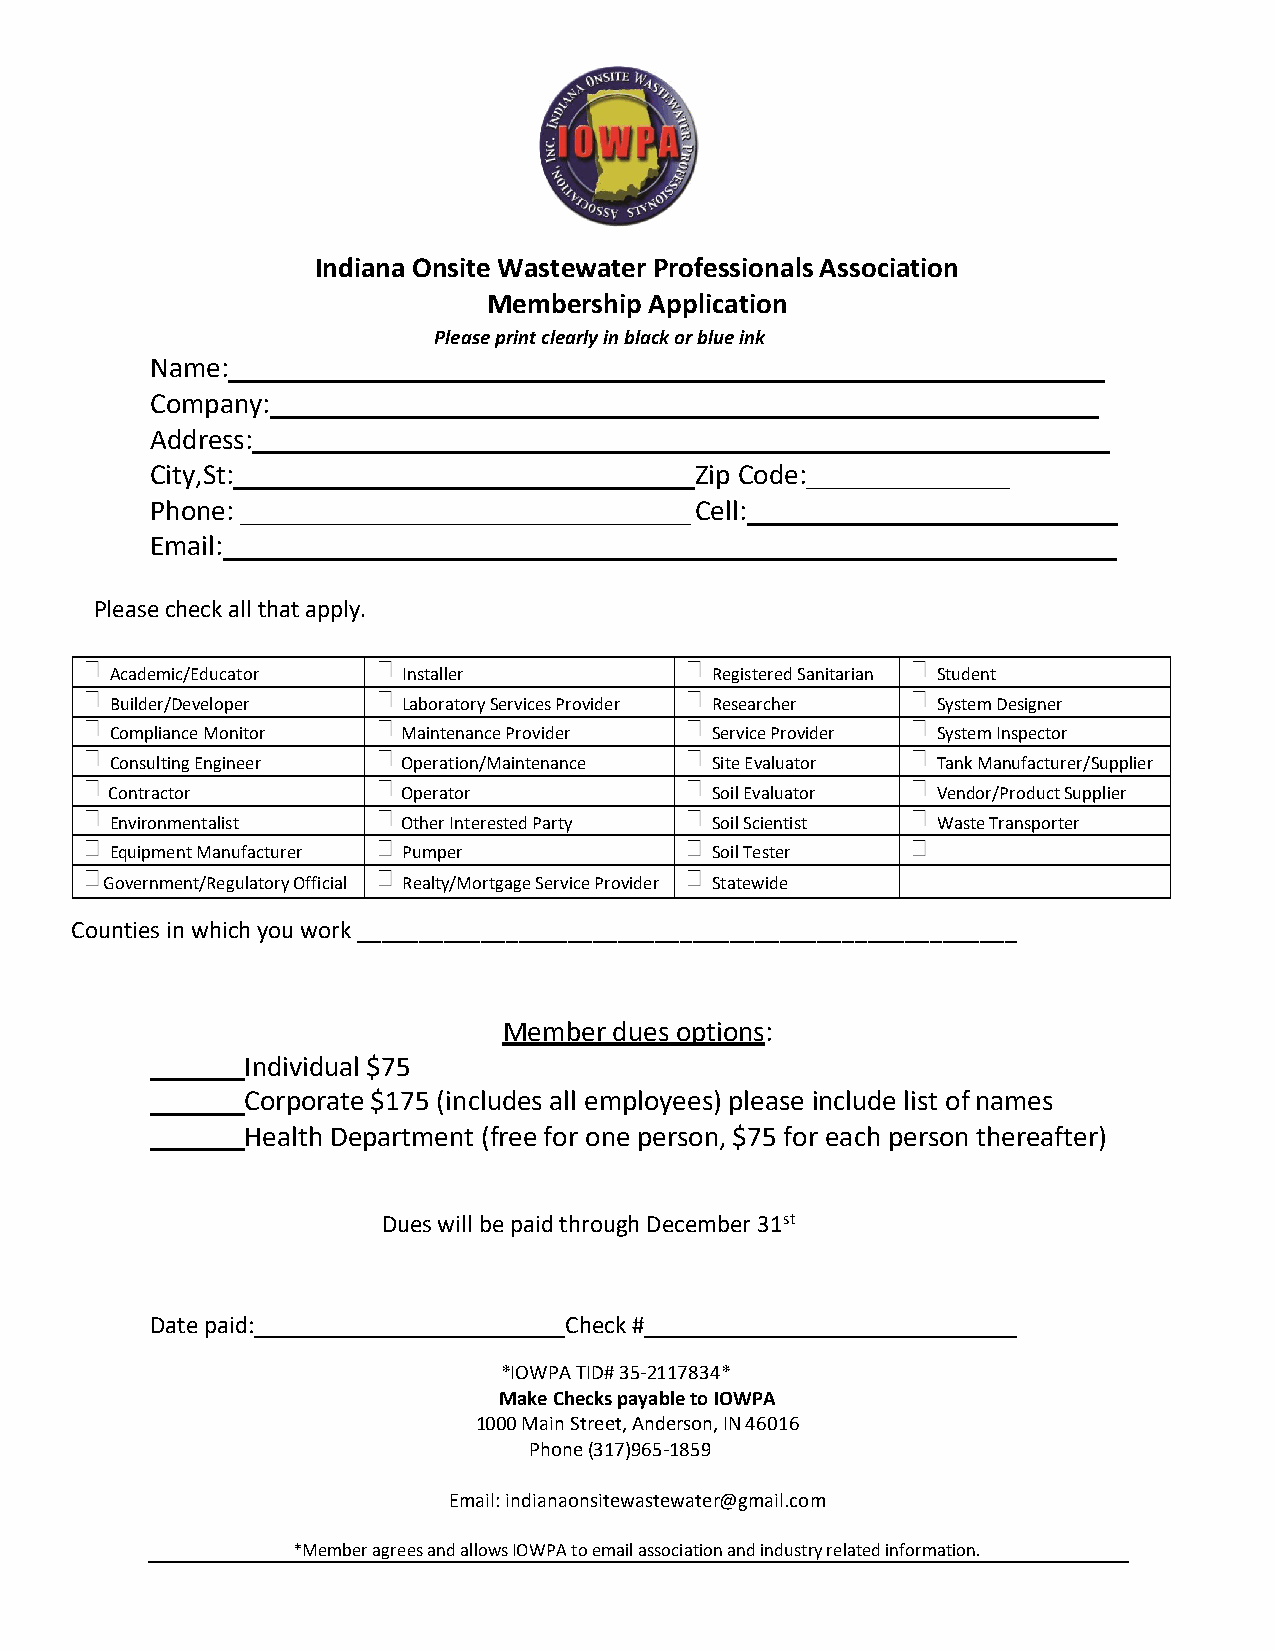
Indiana Onsite Wastewater Professionals Association
 Membership Application
 Please print clearly in black or blue ink
 Name:
 Company:
 Address:
 City,St:                            Zip Code:______________
 Phone: _______________________________ Cell:
 Email:                              _____________________________
 Please check all that apply.
 Academic/Educator   Installer           Registered Sanitarian Student
 Builder/Developer   Laboratory Services Provider Researcher System Designer
 Compliance Monitor  Maintenance Provider Service Provider System Inspector
 Consulting Engineer Operation/Maintenance Site Evaluator Tank Manufacturer/Supplier
 Contractor          Operator            Soil Evaluator Vendor/Product Supplier
 Environmentalist    Other Interested Party Soil Scientist Waste Transporter
 Equipment Manufacturer Pumper           Soil Tester
 Government/Regulatory Official Realty/Mortgage Service Provider Statewide
 Counties in which you work _____________________________________________________
 Member  dues options:
 Individual $75
 Corporate $175 (includes all employees) please include list of names
 Health Department (free for one person, $75 for each person thereafter)
 Dues will be paid through December 31st
 Date paid:                 Check #
 *IOWPA TID# 35-2117834*
 Make Checks payable to IOWPA
 1000 Main Street, Anderson, IN 46016
 Phone (317)965-1859
 Email: indianaonsitewastewater@gmail.com
 *Member agrees and allows IOWPA to email association and industry related information.